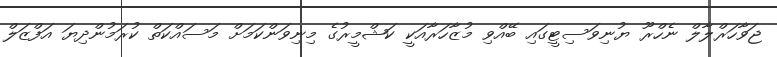
ޖަވާހަރްލާލް ނެހްރޫ ޔުނިވަސިޓީގައި ބޭއްވި މުޒާހަރާއަކީ ކަޝްމީރުގެ މިނިވަންކަމަށް މަސައްކަތް ކުރަމުންދިޔަ އަފްޒަލް